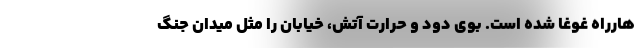
هارراه غوغا شده است. بوی دود و حرارت آتش، خیابان را مثل میدان جنگ